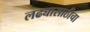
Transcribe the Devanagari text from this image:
लढ्यासाठीचा